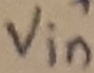
Text: +Vin